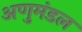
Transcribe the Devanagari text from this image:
अणुमंडल